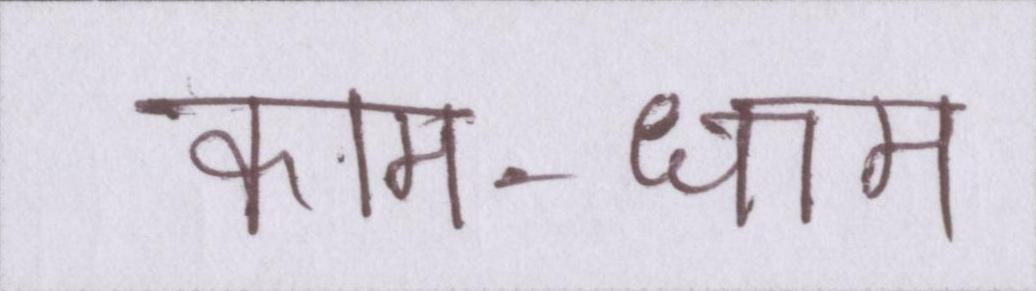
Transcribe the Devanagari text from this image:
काम-धाम